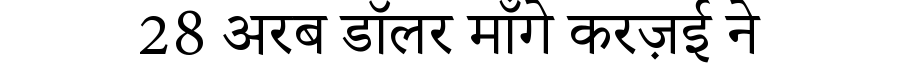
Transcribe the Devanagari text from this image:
28 अरब डॉलर माँगे करज़ई ने